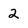
Character: 2